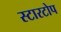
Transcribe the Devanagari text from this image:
स्टारटोप